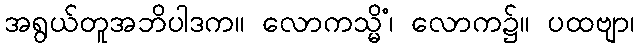
အရွယ်တူအဘိပါဒက။ လောကသ္မိံ၊ လောက၌။ ပထဗျာ၊